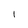
Character: l